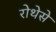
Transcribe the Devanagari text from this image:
रोथेसे